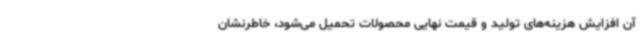
آن افزایش هزینه‌های تولید و قیمت نهایی محصولات تحمیل می‌شود، خاطرنشان